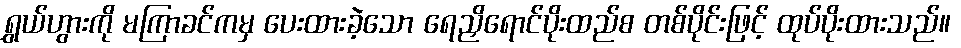
ရွှယ်ဟွားကို မကြာခင်ကမှ ပေးထားခဲ့သော ရေညှိရောင်ပိုးထည်စ တစ်ပိုင်းဖြင့် ထုပ်ပိုးထားသည်။